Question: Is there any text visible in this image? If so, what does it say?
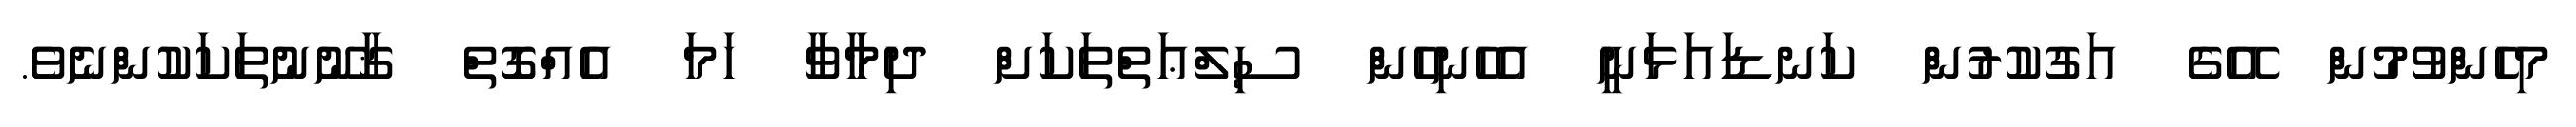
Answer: މިހެންވުމުން އޭގެ އަގުކުރުން ކަނޑައަޅަނީ އެހެނިހެން ސިލްޢަތްތަކަށް ދިމާވާ ހަމަ އެއްގޮތް ޤާނޫނުތަކަކުންނެވެ.